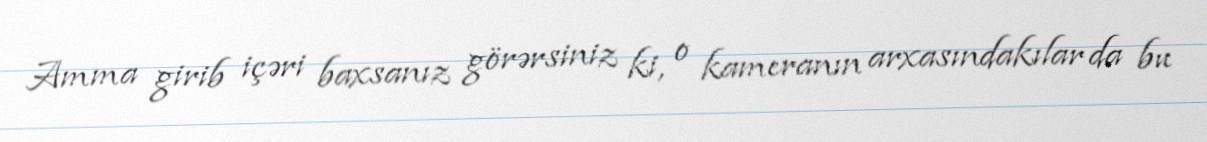
Amma girib içəri baxsanız görərsiniz ki, o kameranın arxasındakılar da bu